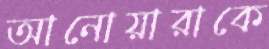
আনোয়ারাকে